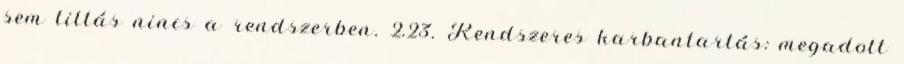
sem tiltás nincs a rendszerben. 2.23. Rendszeres karbantartás: megadott